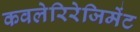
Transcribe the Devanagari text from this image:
कवलेरिरेजिमेंट